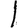
Digit: 1